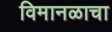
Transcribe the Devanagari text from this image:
विमानळाचा